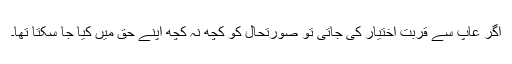
اگر عآپ سے قربت اختیار کی جاتی تو صورتحال کو کچھ نہ کچھ اپنے حق میں کیا جا سکتا تھا۔